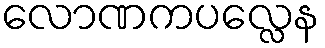
လောဏကပလ္လေန